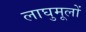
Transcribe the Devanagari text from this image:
लाघुमूलों